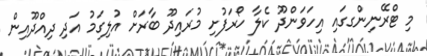
މި ޓްރޭނިންގގައި އިހަވަންދޫ ކެލާ ހޯރަފުށި މުރައިދޫ ބާރަށް އުލިގަމު އަދި ދިއްދޫއިން